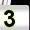
Digit: 3